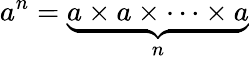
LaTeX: a^{n}=\underbrace{a\times a\times\cdots\times a}_{n}